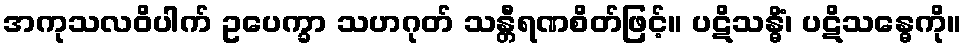
အကုသလဝိပါက် ဥပေက္ခာ သဟဂုတ် သန္တီရဏစိတ်ဖြင့်။ ပဋိသန္ဓိံ၊ ပဋိသန္ဓေကို။